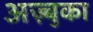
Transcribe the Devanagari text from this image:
अज़्बुका